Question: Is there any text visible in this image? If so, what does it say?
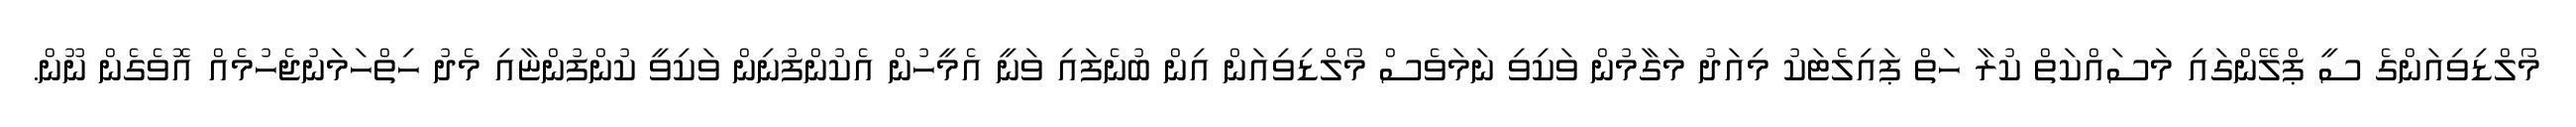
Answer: މޯލްޑިވިއަންގެ ސީ ޕްލޭންގައި މަސައްކަތް ކުރާ ހަތް ޕައިލެޓަކު މިއަދު މަގާމުން ވަކިވި ނަމަވެސް މޯލްޑިވިއަން އިން ބުނެފައި ވަނީ އެމީހުން އެކުންފުނިން ވަކިވީ ކުންފުންޏާއި މެދު ހިތްހަމަނުޖެހުމެއް އޮވެގެން ނޫން.